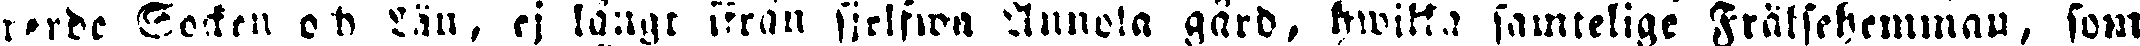
torde Socken och Län, ej långt ifrån sjelfwa Annola gård, hwilka samtelige Frälsehemman, som